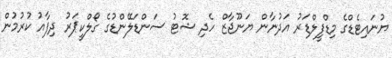
ޔުނައިޓެޑްގެ މިޑްފީލްޑަރު އަދުނާން ޔަނޫޖާޒް ހެދި ޝޮޓު ސަންޑަލޭންޑުގެ ގޯލްކީޕަރު ދިފާއު ކުރުމުން